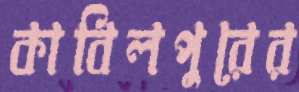
কাবিলপুরের